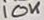
Text: 10K